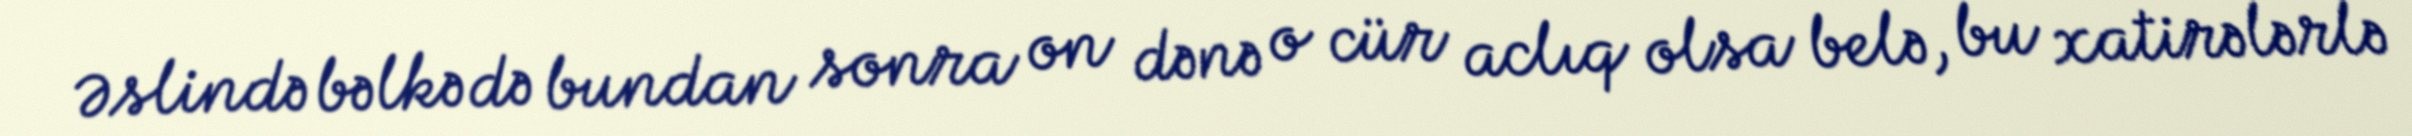
Əslində bəlkə də bundan sonra on dənə o cür aclıq olsa belə, bu xatirələrlə